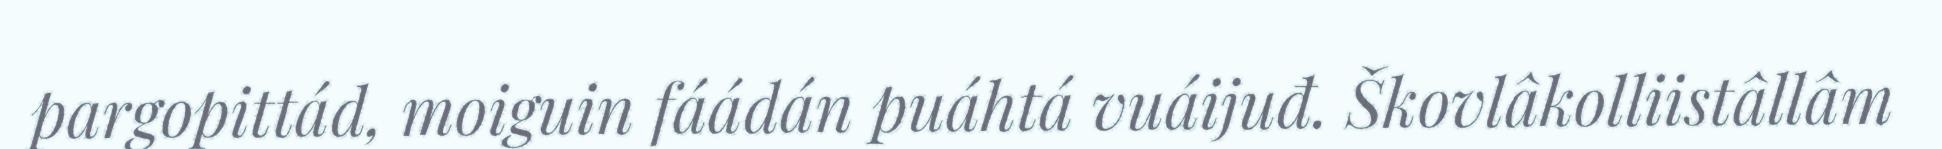
pargopittád, moiguin fáádán puáhtá vuáijuđ. Škovlâkolliistâllâm